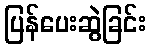
ပြန်ပေးဆွဲခြင်း